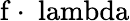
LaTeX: \mathrm{f\cdot\ lambda}